Civil Veterinary Department. United Provinces 1912-22 - 1912-1922
Year: 1912
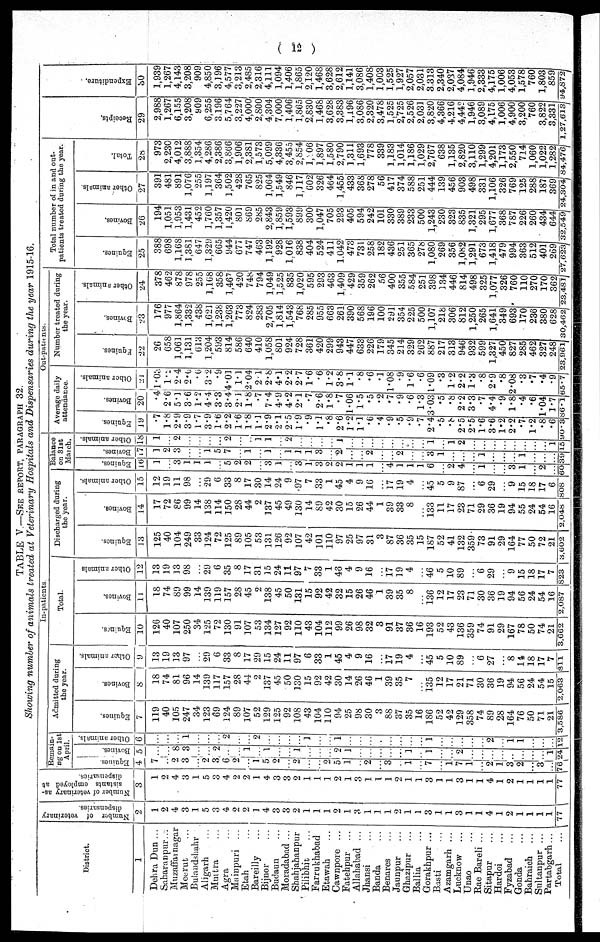
( 12 )
TABLE V.—SEE REPORT, PARAGRAPHS 32.
Showing number of animals treated at Veterinary Hospitals and Dispensaries during the year 1915-16.
District.
1
Dehra Dun ...
Saharanpur...
Muzaffarnagar
Meerut …
Bulandshahr
Aligarh …
Muttra …
Agra …
Mainpuri ...
Etah …
Bareilly …
Bijnor …
Budaun …
Moradabad ...
Shahjahanpur
Pilibhit …
Farrukhabad
Etwah …
Cawnpore ...
Fatehpur ...
Allahabad ...
Jhansi …
Banda …
Benares …
Jaunpur …
Ghazipur …
Ballia …
Gorakhpur ...
Basti …
Azamgarh ...
Lucknow …
Unao …
Rae Bareli ...
Sitapur …
Hardoi …
Fyzabad …
Gonda …
Bahraich …
Sultanpur ...
Partabgarh...
Total …
Number of veterinary
dispensaries.
2
1
2
4
3
1
5
3
4
2
2
1
4 3
8
2
1
1
1
2
1
3
1 1
1
2
1
1
3
1
1
3
1
1
4
1
2
1
1
1
1
77
Number of veterinary as-
sistants employed at
dispensaries.
3
1
2
4
3
1
5
3
4
2
2
1
4
3
3
2
1
1
1
2
1
3
1
1
1
2
1
1
3
…
…
…
…
…
4
1
2
1
1
1
1
77
In-patients
Remain-
ing on 1st
April.
Equines
4
7
2
3
…
2
3
6
2
1
5
9
…
2
…
…
2
5
1
…
2
…
3
…
1
…
7
…
1
7 1
…
2
1
3.
2.
3
..1
76
Bovines.
5
…
…
8
8
…
…
2
…
…
1
…
1
…
…
1
…
…
…
2
1
…
…
…
…
…
1
…
1
…
…
2.
…
…
…
…
…
…
…
…
1
24
Other animals.
6
…
…
i
…
…
…
2
…
…
2
…
…
…
…
1
…
…
1
…
…
…
…
…
…
…
…
1
…
…
…
…
…
2
…
1
1
…
…
…
12
Admitted during
the year.
Equines.
7
119
40
105
247
34
123
69
124
89
107
52
129
125
92
108
43
104
110 94
25
98
30
3
88
37
35
16
186
52
42
129
358
74
89
28
164
76
50
71
21
3,586
Bovines.
8
18
74
81
96
14
139
117
157
28
44
2
137
45
50
130
15
92
42
30
14
26
46
1
39
35
7
…
135
12
17
21
71
30
36
19
94
56
24
54
15
2,063
Other animals.
9
13
19
13
97
…
29
6
33
8
17
29
15
24
11
97
6
33
1
45
4
9
16
…
17
19
4
…
45
5
10
89
…
6
27
…
8
14
18
17
7
811
Total.
Equines.
10
126
40
107
250
34
125
72
130
91
107
53
134
127
92
110
43
104
112
99
26
98
32
3
91
37
36
16
193
52
43
136
359
74
91
29
167
78
50
74
21
3,662
Bovines.
1 1
18
74
89
99
14
139
119
157
28
45
2
138
45
50
131
15
92
42
32
15
26
46
1
39
35
8
...
136
12
17
23
71
30
36
19
94
56
24
54
16
2,087
Other animals
12
13
19
13
98
…
29
6
35
8
17
31
15
24
11
97
7
33
1
46
4
9
16
…
17
19
4
…
46
5
10
89
…
6
29
…
9
15
18
17
7
823
Discharged during
the year.
Equines.
13
125
40
104
249
33
124
72
125
89
105
53
131
126
92
107
42
101
110
97
25
97
31
3
87
36
35
15
187
52
41
132
359
73
91
29
164
77
50
72
21
3,602
Bovines.
14
17
72
86
99
14
138
114
150
28
44
2
137
45
49
130
14
89
42
30
15
26
44
1
39
33
8
…
133
11
17
23
71
29
36
19
94
55
24
54
16
2,048
Other animals.
15
12
19
11
98
…
29
6
33
8
17
30
14
24
9
.97
7
33
1
45
4
9
16
…
17
19
4
…
45
5
9
87
…
6
29
…
9
15
18
17
6
808
Balance
on 31st
March.
Equines.
16
1
3
1
1
1
…
5
2
2
…
3
1
…
3
1
3
2
2
1
1
1
…
4
1
1
1
6
…
2
4
…
1
…
…
3
1
…
2
…
60
Bovines.
17
1
2
3
…
…
1
5
7
1
1
1
1
1
3
…
2
…
…
2
…
…
2
…
…
3
1
…
…
…
1
…
…
…
1
…
…
…
39
Other animals.
18
1
…
2
…
…
…
…
2
…
…
1
1
…
2
…
…
…
…
1
…
…
…
…
…
…
…
…
1
…
1
2
…
…
…
…
…
…
…
…
1
15
Out-patients.
Average daily
attendance.
Equines.
19
.7
1.8
2.9
3.9
1.7
3.9
1.6
2.2
1.6
1.8
1.1
2.9
2.1
2.5
1.9
.9
1.1
.8
2.6
1.2
1.1
.6
.4
.9
.5
.9
.7
2.4
.5
.8
2.5
2.5
1.6
..6
1.2
2.2
.7
1.2
.8
.6
90.3
Bovines.
20
.4
2.6
5.1
3.6
1.2
4.4
3.3
3.4
2.1
1.8
.7
7.4
4.9
4.2
2.1
.7
2.6
1.8
.7
1.06
1.5
.5
.2
.7
.9
.6
1.3
3.08
.5
.8
2.2
3.3
.7
4.4
.9
1.8
.4
.6
1.04
1.7
86.1
Other animals.
21
1.03
1.2
2.4
2.6
.6
3.2
.9
4.01
1.1
2.04
2.1
2.8
4.1
2.2
2.7
1.6
.6
1.2
3.8
1.1
.8
.6
.1
1.08
.9
1.6
.6
1.09
.3
1.2
2.2
1.8
.8
2.9
.8
2.08
.3
.7
.4
.9
65.7
Number treated during
the year.
Equines.
2.2
26
658
1,061
1,131
613
1,204
593
814
586
640
410
1,058
801
924
728
361
420
299
943
447
633
226
179
345
214
329
262
887
217
313
946
932
599
1,327
450
827
285
462
327
248
23,961
Bovines.
23
176
977
1,864
1,332
438
1,621
1,238
1,263
773
824
283
2,705
1 814
1,543
768
285
955
663
261
390
568
196
100
291
354
225
500
1,107
218
306
812
1,250
265
1,641
349
693
170
236
380
628
30,462
Other animals.
24
378
462
878
978
255
1,168
358
1,467
420
748
794
1,049
1 525
835
1,020
595
293
463
1409
429
359
262
56
400
355
584
251
398
134
446
814
498
325
1,077
326
760
110
270
170
362
23,481
Total number of in and out-
patients treated during the year.
Equincs.
25
388
698
1,168
1.381
647
1,329
665
944
677
747
463
1,192
928
1 016
838
404
524
411
1.042
473
731
258
182
436
251
365
278
1,080
269
356
1,082
1,291
673
1,418
479
994
363
512
401
269
27,623
Bovines.
26
194
1,051
1,953
1,431
452
1,760
1,357
1,420
801
869
285
2,843
1,859
1,593
899
300
1,047
705
293
405
594
242
101
330
389
233
500
1,243
230
323
835
1,321
295
1,677
368
787
226
260
434
644
32,549
Other animals.
27
391
481
891
1,076
255
1,197
364
1,502
428
765
825
1,064
1,549
846
1,117
602
326
464
1,455
433
368
278
56
417
374
588
251
444
139
456
903
498
331
1,106
326
769
125
288
187
369
24,304
Total.
28
973
2,230
4,012
3,888
1,354
4,286
2,386
8,866
1,906
2,381
1,573
5,099
4,336
3,455
2,854
1,206
1,897
1,580
2,790
1,311
1,693
778
339
1,183
1,014
1,186
1,029
2,767
638
1,135
2,820
3,110
1,299
4,201
1,173
2,550
714
1,060
1,022
1,282
84,476
Recei pt s .
29
2,988
1,267
6,155
3,208
909
6,55
3196
5,764
3,227
4,000
2,800
4,04
7,000
1,406
1,865
2,830
1,468
3,628
3,383
1,196
3,086
2,320
3,478
1,525
2,725
2,526
2,031
3,820
4,366
4,216
4,442
1,946
3,089
4,175
1,006
4,900
3,200
760
3,822
3,331
1,27,613
Expenditure.
30
1,939
1,267
4,143
3,208
909
4,850
3,196
4,577
3,213
2,435
2,316
4,111
1,094
1,406
1,865
2,120
1,468
3,628
2,612
1,141
3,086
1,408
1,003
1,525
1,927
2,057
2,031
3313
2,340
2,037
4,084
1,946
2,333
4,175
1,006
4,053
1,578
760
1,803
859
94,872